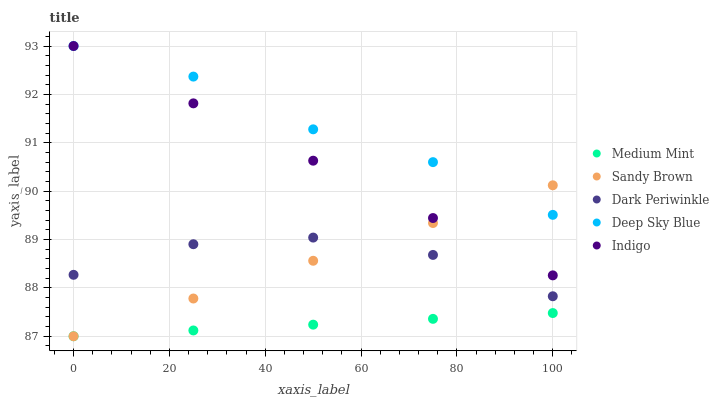
| xaxis_label | Medium Mint | Sandy Brown | Dark Periwinkle | Deep Sky Blue | Indigo |
 | --- | --- | --- | --- | --- | --- |
 | 0 | 87 | 87 | 88.3 | 93 | 93 |
 | 25 | 87.1 | 87.8 | 88.9 | 92.4 | 91.8 |
 | 50 | 87.2 | 88.6 | 89 | 91.3 | 90.6 |
 | 75 | 87.4 | 89.3 | 88.7 | 90.6 | 89.4 |
 | 100 | 87.5 | 90.1 | 87.8 | 89.5 | 88.3 |